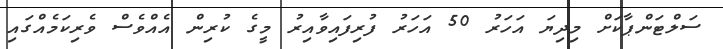
ސަލްޓަންޕާކަށް މިދިޔަ އަހަރު 50 އަހަރު ފުރިފައިވާއިރު މީގެ ކުރިން އެއްވެސް ވެރިކަމެއްގައި